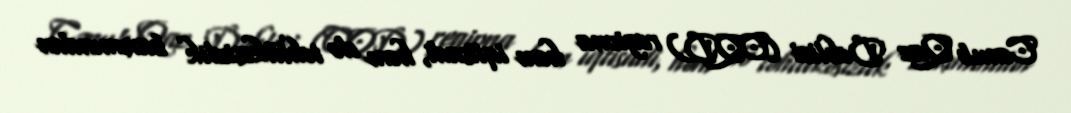
Cənub Qaz Dəhlizi (CQD) regiona həm iqtisadi, həm də təhlükəsizlik baxımından